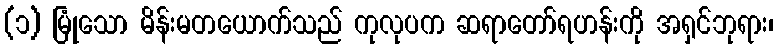
(၁) မြုံသော မိန်းမတယောက်သည် ကုလုပက ဆရာတော်ရဟန်းကို အရှင်ဘုရား၊